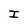
Character: I